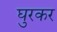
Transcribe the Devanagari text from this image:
घुरकर